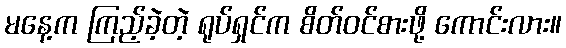
မနေ့က ကြည့်ခဲ့တဲ့ ရုပ်ရှင်က စိတ်ဝင်စားဖို့ ကောင်းလား။